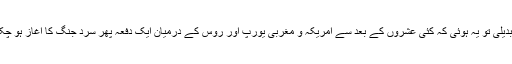
پہلی تبدیلی تو یہ ہوئی کہ کئی عشروں کے بعد سے امریکہ و مغربی یورپ اور روس کے درمیان ایک دفعہ پھر سرد جنگ کا آغاز ہو چکا ہے۔